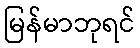
မြန်မာဘုရင်